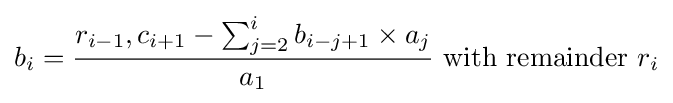
b_{i}={\frac {r_{i-1},c_{i+1}-\textstyle \sum _{j=2}^{i}b_{i-j+1}\times a_{j}}{a_{1}}}{\mbox{ with remainder }}r_{i}